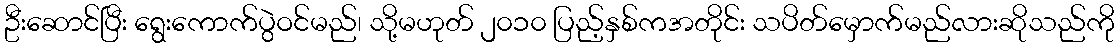
ဦးဆောင်ပြီး ရွေးကောက်ပွဲဝင်မည်၊ သို့မဟုတ် ၂၀၁၀ ပြည့်နှစ်ကအတိုင်း သပိတ်မှောက်မည်လားဆိုသည်ကို